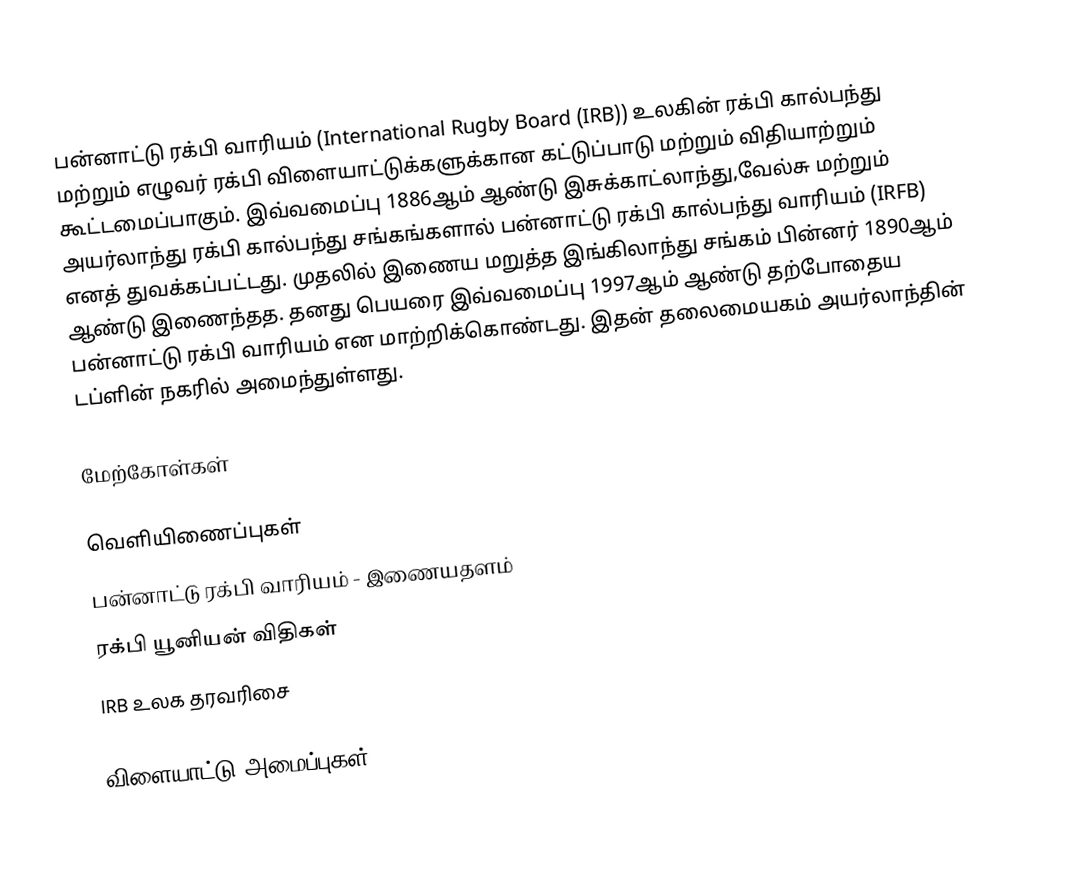
பன்னாட்டு ரக்பி வாரியம் (International Rugby Board (IRB)) உலகின் ரக்பி கால்பந்து மற்றும் எழுவர் ரக்பி விளையாட்டுக்களுக்கான கட்டுப்பாடு மற்றும் விதியாற்றும் கூட்டமைப்பாகும். இவ்வமைப்பு 1886ஆம் ஆண்டு இசுக்காட்லாந்து,வேல்சு மற்றும் அயர்லாந்து ரக்பி கால்பந்து சங்கங்களால் பன்னாட்டு ரக்பி கால்பந்து வாரியம்  (IRFB) எனத் துவக்கப்பட்டது. முதலில் இணைய மறுத்த இங்கிலாந்து சங்கம் பின்னர் 1890ஆம் ஆண்டு இணைந்தத.  தனது பெயரை இவ்வமைப்பு 1997ஆம் ஆண்டு தற்போதைய பன்னாட்டு ரக்பி வாரியம் என மாற்றிக்கொண்டது. இதன் தலைமையகம் அயர்லாந்தின் டப்ளின் நகரில் அமைந்துள்ளது.

மேற்கோள்கள்

வெளியிணைப்புகள்
 பன்னாட்டு ரக்பி வாரியம் - இணையதளம்
 ரக்பி யூனியன் விதிகள்
 IRB உலக தரவரிசை

விளையாட்டு அமைப்புகள்